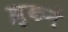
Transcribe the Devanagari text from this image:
झुकनें